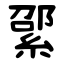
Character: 綤